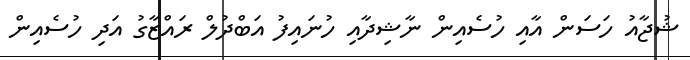
ޝުޖާއު ހަސަން އާއި ހުސެއިން ނާޝިދާއި ހުނައިފު އަބްދުލް ރައްޒާގު އަދި ހުސެއިން